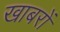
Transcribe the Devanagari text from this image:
खाबरों